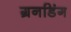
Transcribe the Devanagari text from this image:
ग्रनडिंग